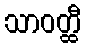
သာဝတ္ထီ